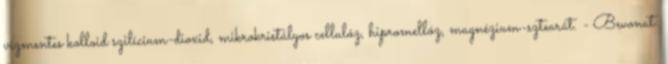
vízmentes kolloid szilícium-dioxid, mikrokristályos cellulóz, hipromellóz, magnézium-sztearát. - Bevonat: